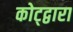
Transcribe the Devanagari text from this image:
कोट्द्वारा